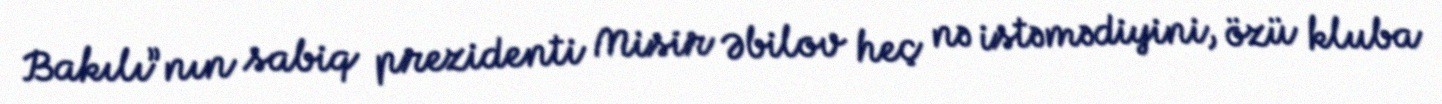
Bakılı”nın sabiq prezidenti Misir Əbilov heç nə istəmədiyini, özü kluba